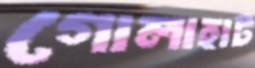
গোলাহাট